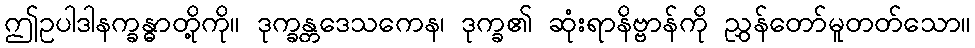
ဤဥပါဒါနက္ခန္ဓာတို့ကို။ ဒုက္ခန္တဒေသကေန၊ ဒုက္ခ၏ ဆုံးရာနိဗ္ဗာန်ကို ညွှန်တော်မူတတ်သော။